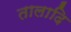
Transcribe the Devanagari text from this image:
तालादि